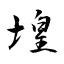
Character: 堭